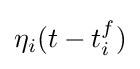
\eta _{i}(t-t_{i}^{f})